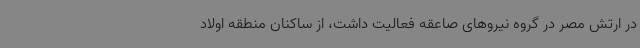
در ارتش مصر در گروه نیروهای صاعقه فعالیت داشت، از ساکنان منطقه اولاد